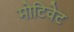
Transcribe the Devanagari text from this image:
मोटिवेट